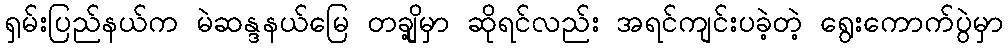
ရှမ်းပြည်နယ်က မဲဆန္ဒနယ်မြေ တချို့မှာ ဆိုရင်လည်း အရင်ကျင်းပခဲ့တဲ့ ရွေးကောက်ပွဲမှာ